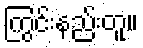
ကြွင်းနည်းတူ။